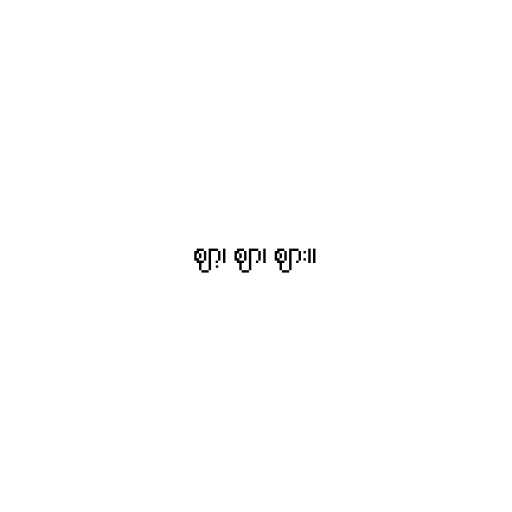
ဈာ့၊ ဈာ၊ ဈား။